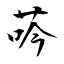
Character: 荶